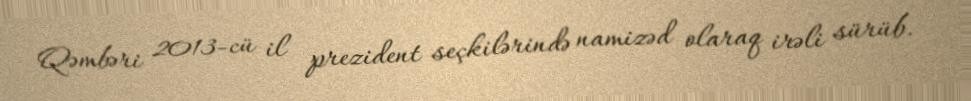
Qəmbəri 2013-cü il prezident seçkilərində namizəd olaraq irəli sürüb.